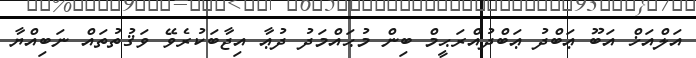
އަލްއަޚް އަބޫ ޢަބްދު ޢަބްދުއްރަޙީމް ބިން މުޙައްމަދު ދުޢާ އިޖާބަކުރެވޭ ވަޤުތުތައް ނަބިއްޔާ